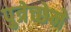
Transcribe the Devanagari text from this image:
पुत्रेच्छेने